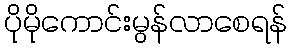
ပိုမိုကောင်းမွန်လာစေရန်